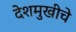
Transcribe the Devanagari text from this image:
देशमुखीचे